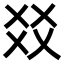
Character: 㸚